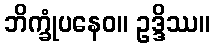
ဘိက္ခုံပနေဝ။ ဥဒ္ဒိဿ။